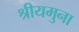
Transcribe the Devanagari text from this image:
श्रीयमुना